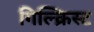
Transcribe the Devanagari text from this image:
गिल्क्रिस्ट